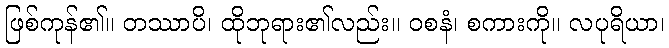
ဖြစ်ကုန်၏။ တဿာပိ၊ ထိုဘုရား၏လည်း။ ဝစနံ၊ စကားကို။ လပုရိယာ၊